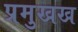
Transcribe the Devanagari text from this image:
प्रमुखख